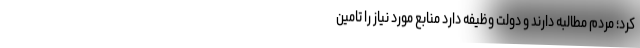
کرد؛ مردم مطالبه دارند و دولت وظیفه دارد منابع مورد نیاز را تامین